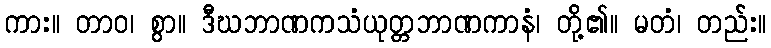
ကား။ တာဝ၊ စွာ။ ဒီဃဘာဏကသံယုတ္တဘာဏကာနံ၊ တို့၏။ မတံ၊ တည်း။